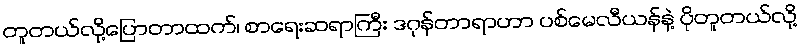
တူတယ်လို့ပြောတာထက်၊ စာရေးဆရာကြီး ဒဂုန်တာရာဟာ ပစ်မေလီယန်နဲ့ ပိုတူတယ်လို့